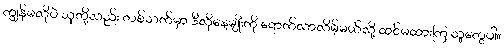
ကျွန်မလိုပဲ သူတို့လည်း တစ်သက်မှာ ဒီလိုနေ့မျိုးကို ရောက်လာလိမ့်မယ်လို့ ထင်မထားကြ သူတွေပါ။